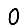
Digit: 0